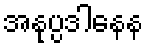
အနုပ္ပဒါနေန